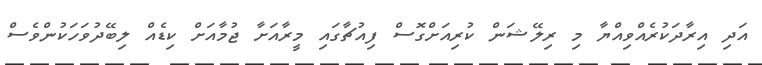
އަދި އިރާދަކުރެއްވިއްޔާ މި ރިލޭޝަން ކުރިއަށްގޮސް ފިއުޗާގައި މީރާއަށާ ޖުމާއަށް ކިޑެއް ލިބޭދުވަހަކުންވެސް